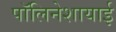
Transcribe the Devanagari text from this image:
पॉलिनेशायाई